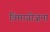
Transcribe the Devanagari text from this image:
विमायोजना